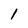
Character: 1